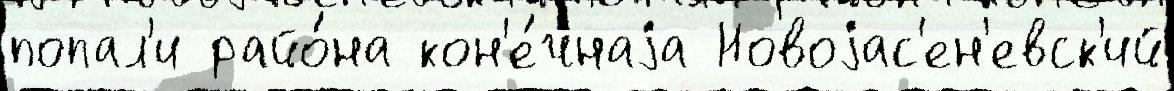
попал'и райо́на кон'е́чнаjа Новоjас'ен'евск'ий